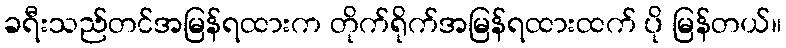
ခရီးသည်တင်အမြန်ရထားက တိုက်ရိုက်အမြန်ရထားထက် ပို မြန်တယ်။